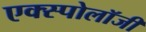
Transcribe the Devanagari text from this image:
एक्स्पोलॉजी